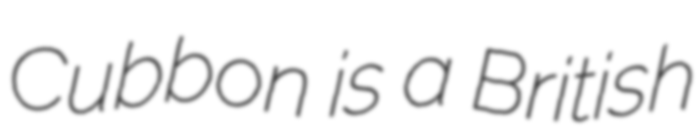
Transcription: Cubbon is a British